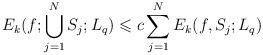
LaTeX: \begin{align*} E_k(f;\bigcup\limits_{j=1}^NS_j;L_q) \leqslant c\sum\limits_{j=1}^N E_k(f,S_j;L_q)\end{align*}